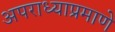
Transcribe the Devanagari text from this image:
अपराध्याप्रमाणे